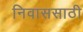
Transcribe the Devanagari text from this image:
निवाससाठी